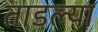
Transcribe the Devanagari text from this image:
ताडल्या